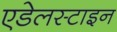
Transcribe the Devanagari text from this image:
एडेलस्टाइन